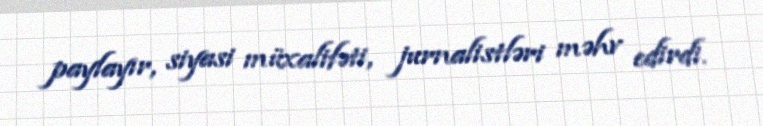
paylayır, siyasi müxalifəti, jurnalistləri məhv edirdi.